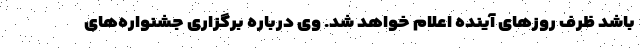
باشد ظرف روزهای آینده اعلام خواهد شد. وی درباره برگزاری جشنواره‌های